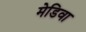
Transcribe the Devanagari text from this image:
मेडिवा